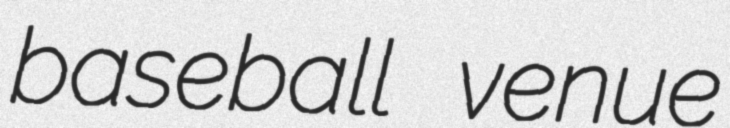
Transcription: baseball venue